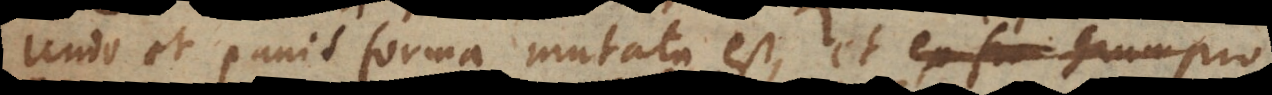
Unde et panis forma mutata est, et pro